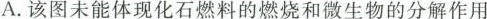
A.该图未能体现化石燃料的燃烧和微生物的分解作用